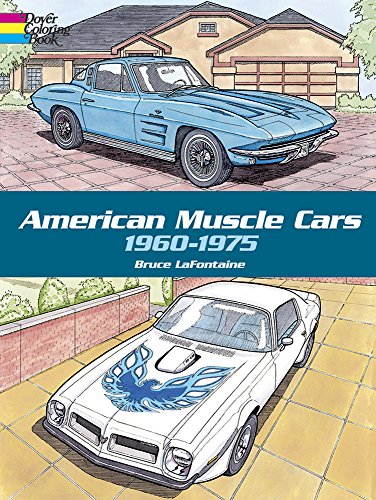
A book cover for American Muscle Cars, 1960-1975 (Dover History Coloring Book); Bruce LaFontaine; Children's Books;